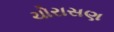
ચોરાસણ